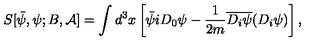
S [ { \bar { \psi } } , \psi ; B , { \mathcal A } ] = \int d ^ { 3 } x \left[ { \bar { \psi } } i D _ { 0 } \psi - \frac { 1 } { 2 m } \overline { { D _ { i } \psi } } ( D _ { i } \psi ) \right] ,